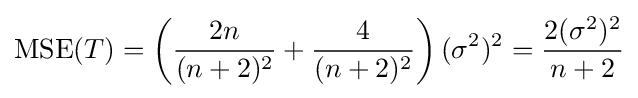
\operatorname {MSE} (T)=\left({\frac {2n}{(n+2)^{2}}}+{\frac {4}{(n+2)^{2}}}\right)(\sigma ^{2})^{2}={\frac {2(\sigma ^{2})^{2}}{n+2}}